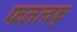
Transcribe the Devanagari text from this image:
फलत्वक्